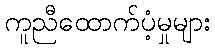
ကူညီထောက်ပံ့မှုများ